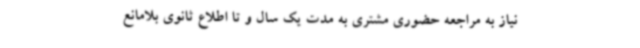
نیاز به مراجعه حضوری مشتری به مدت یک سال و تا اطلاع ثانوی بلامانع